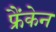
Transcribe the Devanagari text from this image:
फ्रैंकेन